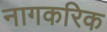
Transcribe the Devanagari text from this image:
नागकरिक